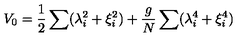
V _ { 0 } = { \frac { 1 } { 2 } } \sum ( \lambda _ { i } ^ { 2 } + \xi _ { i } ^ { 2 } ) + { \frac { g } { N } } \sum ( \lambda _ { i } ^ { 4 } + \xi _ { i } ^ { 4 } )